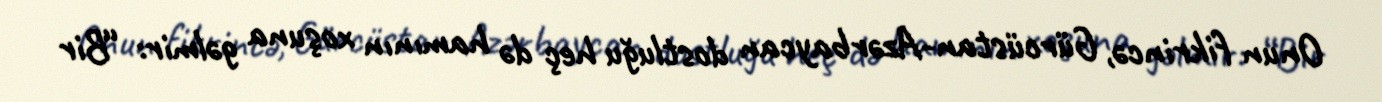
Onun fikrincə, Gürcüstan-Azərbaycan dostluğu heç də hamının xoşuna gəlmir: “Bir